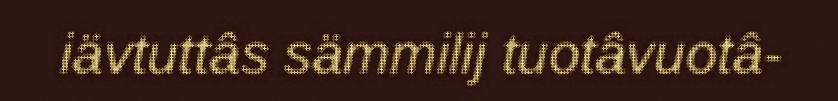
iävtuttâs sämmilij tuotâvuotâ-